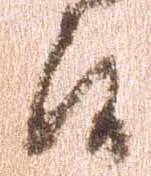
候